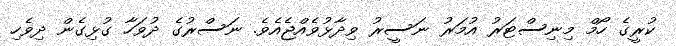
ކުރީގެ ހޯމް މިނިސްޓަރު އުމަރު ނަސީރު ވިދާޅުވެއްޖެއެވެ. ނަސްރުގެ ދުވަހާ ގުޅިގެން ދިވެހި